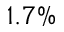
1 . 7 \%